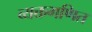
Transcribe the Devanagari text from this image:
व्यक्तगणित